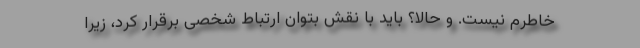
خاطرم نیست. و حالا؟ باید با نقش بتوان ارتباط شخصی برقرار کرد، زیرا